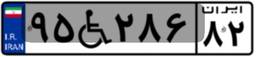
۷۶W۸۲۳۶۸